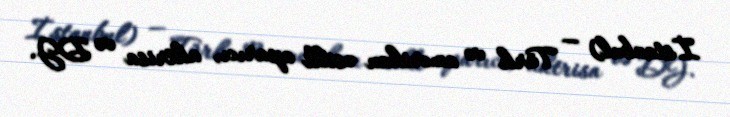
İstanbul) — Türk və amerikan əsilli aparıcı, aktrisa və DJ.